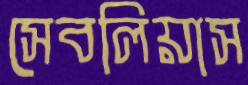
সেবলিয়াস